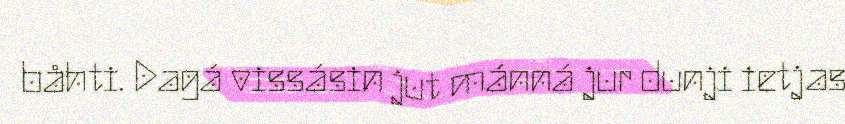
båhti. Dagá vissásin jut mánná jur dunji ietjas